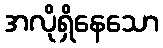
အလိုရှိနေသော